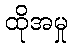
ထိုအမှု